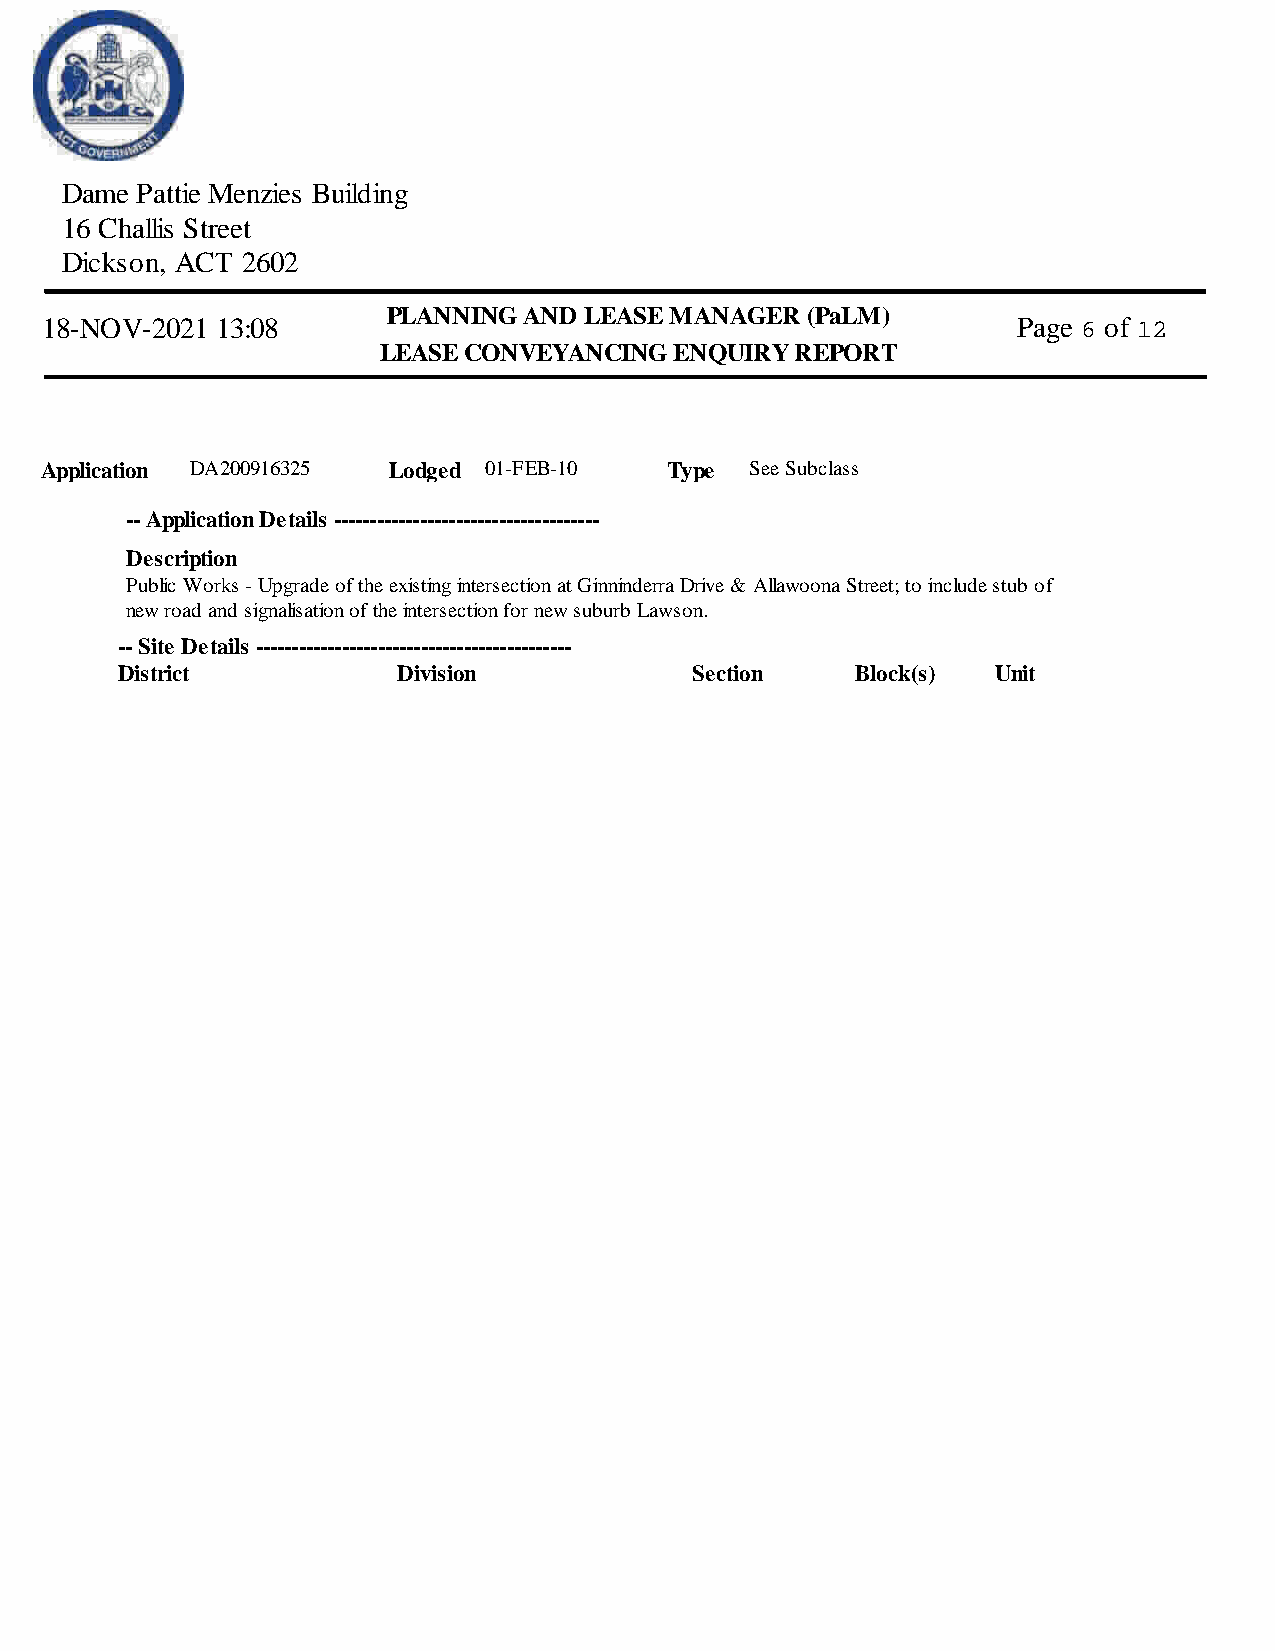
Dame Pattie Menzies Building
 16 Challis Street
 Dickson, ACT 2602
 PLANNING AND LEASE MANAGER  (PaLM)
 18-NOV-2021 13:08                                               Page 6 of 12
 LEASE CONVEYANCING  ENQUIRY  REPORT
 Application DA200916325 Lodged 01-FEB-10 Type  See Subclass
 -- Application Details -------------------------------------
 Description
 Public Works - Upgrade of the existing intersection at Ginninderra Drive & Allawoona Street; to include stub of
 new road and signalisation of the intersection for new suburb Lawson.
 -- Site Details --------------------------------------------
 District          Division            Section    Block(s) Unit